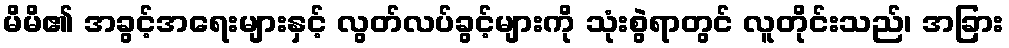
မိမိ၏ အခွင့်အရေးများနှင့် လွတ်လပ်ခွင့်များကို သုံးစွဲရာတွင် လူတိုင်းသည်၊ အခြား